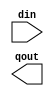
/*--  *******************************************************
--  Computer Architecture Course, Laboratory Sources 
--  Amirkabir University of Technology (Tehran Polytechnic)
--  Department of Computer Engineering (CE-AUT)
--  https://ce[dot]aut[dot]ac[dot]ir
--  *******************************************************
--  All Rights reserved (C) 2019-2020
--  *******************************************************
--  Student ID  : 
--  Student Name: 
--  Student Mail: 
--  *******************************************************
--  Additional Comments:
--
--*/

/*-----------------------------------------------------------
---  Module Name: Encoder 4 to 2 Gate Level
---  Description: Lab 05 Part 1
-----------------------------------------------------------*/
`timescale 1 ns/1 ns

module encoder4x2 (
	input [3:0] din ,
	output [1:0] qout	
);
	/* write your code here */
	
	/* write your code here */

endmodule